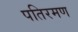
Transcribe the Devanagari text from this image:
पतिरमण